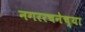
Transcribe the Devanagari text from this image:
नगररचनेच्या